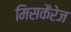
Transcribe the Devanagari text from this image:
मिसकैरेज